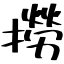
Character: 撈